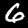
Label: 6